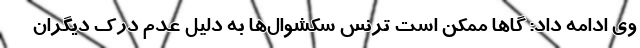
وی ادامه داد: گاها ممکن است ترنس سکشوال‌ها به دلیل عدم درک دیگران